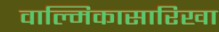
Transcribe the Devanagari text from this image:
वाल्मिकासारिखा